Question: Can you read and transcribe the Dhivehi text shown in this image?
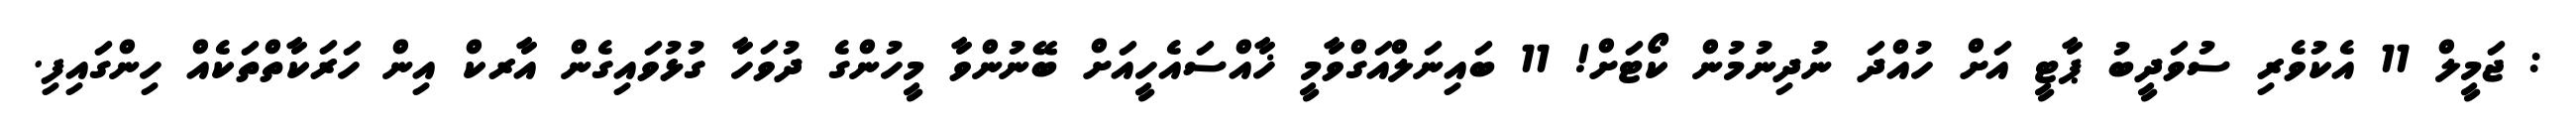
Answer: : ޖަމީލް 11 އެކުވެރި ސުވަދީބު ޕާޓީ އަށް ހުއްދަ ނުދިނުމުން ކޯޓަށް! 11 ބައިނަލްއަގްވާމީ ޚާއްސައެހީއަށް ބޭނުންވާ މީހުންގެ ދުވަހާ ގުޅުވައިގެން އާރކް އިން ހަރަކާތްތަކެއް ހިންގައިފި.